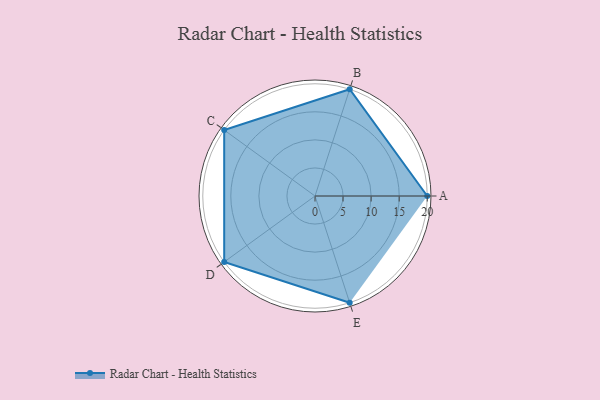
{"axis": {"x": "Skill", "y": "Score"}, "legend": ["Profile"], "data": [{"x": "A", "y": 20, "type": "Profile"}, {"x": "B", "y": 20, "type": "Profile"}, {"x": "C", "y": 20, "type": "Profile"}, {"x": "D", "y": 20, "type": "Profile"}, {"x": "E", "y": 20, "type": "Profile"}]}